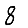
Digit: 8